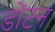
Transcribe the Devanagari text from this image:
डोंटन